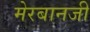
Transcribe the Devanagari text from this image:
मेरबानजी